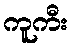
ကူကီး